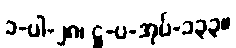
၁-ပါ-၂၈၊ ဋ္ဌ-ပ-အုပ်-၁၃၃။